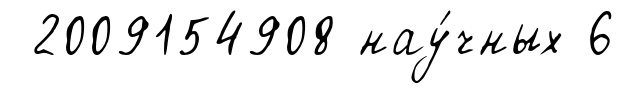
2009154908 нау́чных 6